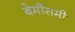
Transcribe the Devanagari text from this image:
बेमौसमी